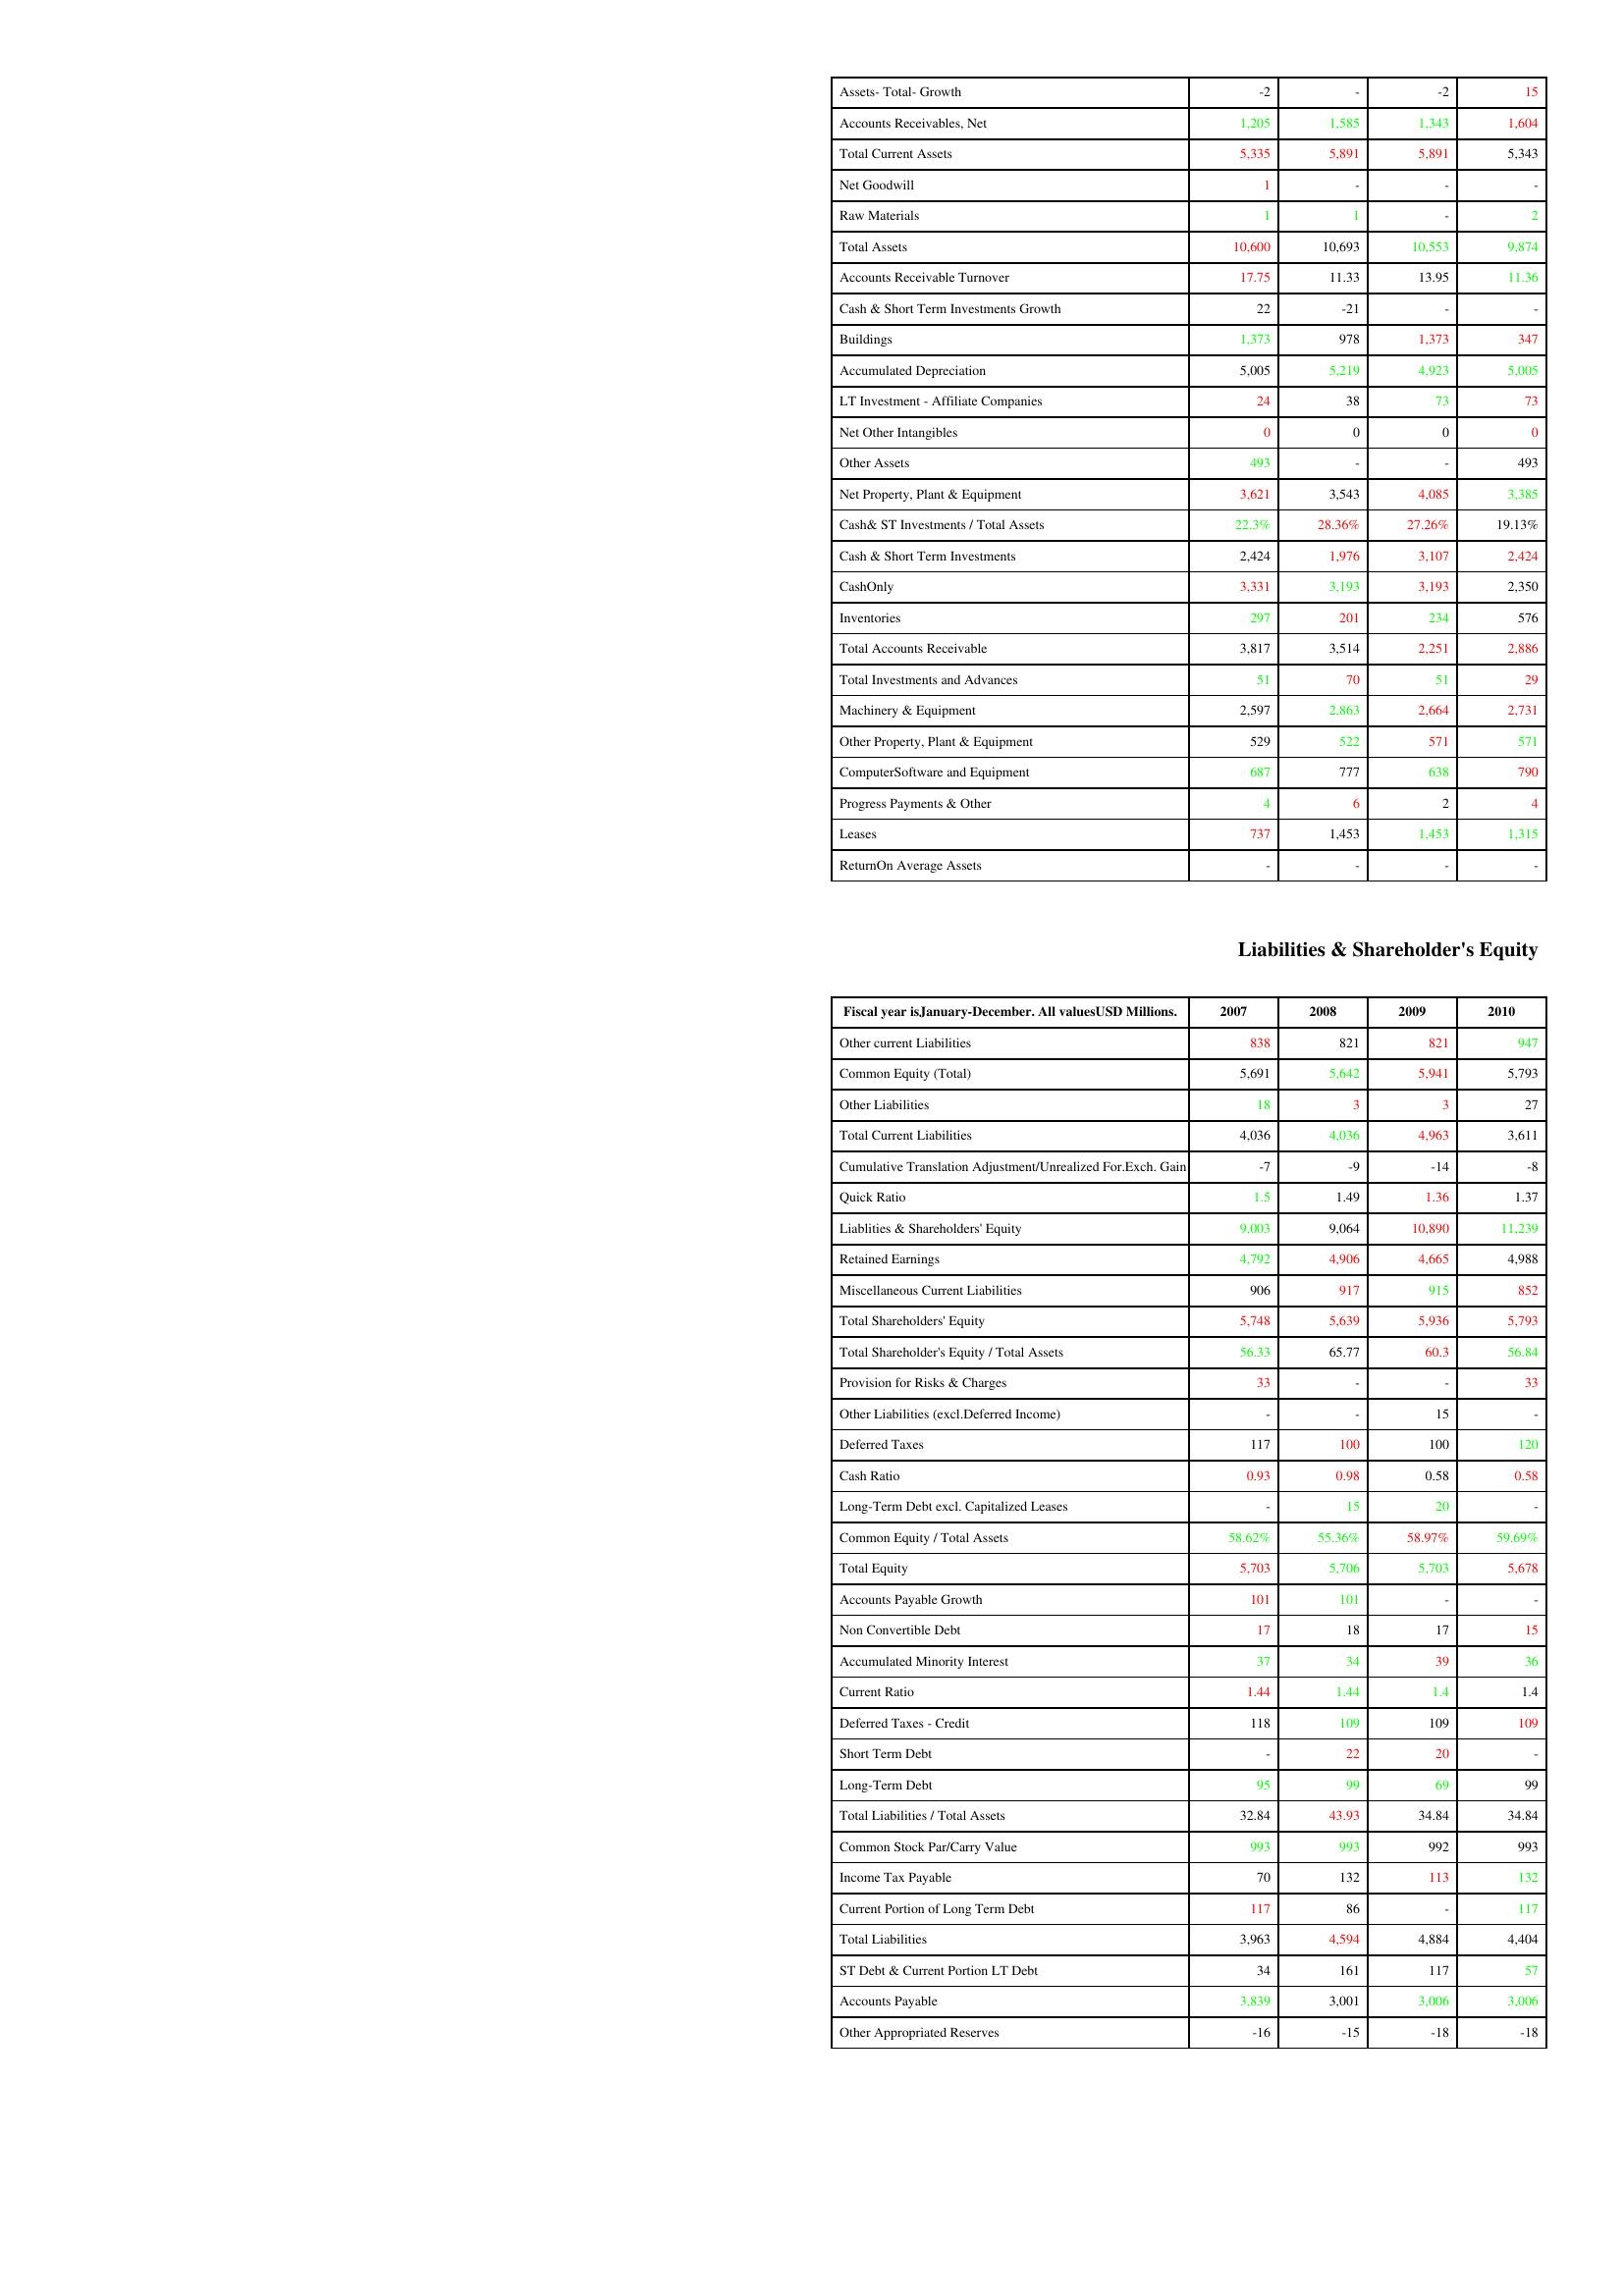
gt_parse: 2007: Assets: Assets- Total- Growth: -2
Accounts Receivables, Net: 1,205
Total Current Assets: 5,335
Net Goodwill: 1
Raw Materials: 1
Total Assets: 10,600
Accounts Receivable Turnover: 17.75
Cash & Short Term Investments Growth: 22
Buildings: 1,373
Accumulated Depreciation: 5,005
LT Investment - Affiliate Companies: 24
Net Other Intangibles: 0
Other Assets: 493
Net Property, Plant & Equipment: 3,621
Cash& ST Investments / Total Assets: 22.3%
Cash & Short Term Investments: 2,424
CashOnly: 3,331
Inventories: 297
Total Accounts Receivable: 3,817
Total Investments and Advances: 51
Machinery & Equipment: 2,597
Other Property, Plant & Equipment: 529
ComputerSoftware and Equipment: 687
Progress Payments & Other: 4
Leases: 737
ReturnOn Average Assets: -
Liabilities & Shareholder's Equity: Other current Liabilities: 838
Common Equity (Total): 5,691
Other Liabilities: 18
Total Current Liabilities: 4,036
Cumulative Translation Adjustment/Unrealized For.Exch. Gain: -7
Quick Ratio: 1.5
Liablities & Shareholders' Equity: 9,003
Retained Earnings: 4,792
Miscellaneous Current Liabilities: 906
Total Shareholders' Equity: 5,748
Total Shareholder's Equity / Total Assets: 56.33
Provision for Risks & Charges: 33
Other Liabilities (excl.Deferred Income): -
Deferred Taxes: 117
Cash Ratio: 0.93
Long-Term Debt excl. Capitalized Leases: -
Common Equity / Total Assets: 58.62%
Total Equity: 5,703
Accounts Payable Growth: 101
Non Convertible Debt: 17
Accumulated Minority Interest: 37
Current Ratio: 1.44
Deferred Taxes - Credit: 118
Short Term Debt: -
Long-Term Debt: 95
Total Liabilities / Total Assets: 32.84
Common Stock Par/Carry Value: 993
Income Tax Payable: 70
Current Portion of Long Term Debt: 117
Total Liabilities: 3,963
ST Debt & Current Portion LT Debt: 34
Accounts Payable: 3,839
Other Appropriated Reserves: -16
2008: Assets: Assets- Total- Growth: -
Accounts Receivables, Net: 1,585
Total Current Assets: 5,891
Net Goodwill: -
Raw Materials: 1
Total Assets: 10,693
Accounts Receivable Turnover: 11.33
Cash & Short Term Investments Growth: -21
Buildings: 978
Accumulated Depreciation: 5,219
LT Investment - Affiliate Companies: 38
Net Other Intangibles: 0
Other Assets: -
Net Property, Plant & Equipment: 3,543
Cash& ST Investments / Total Assets: 28.36%
Cash & Short Term Investments: 1,976
CashOnly: 3,193
Inventories: 201
Total Accounts Receivable: 3,514
Total Investments and Advances: 70
Machinery & Equipment: 2,863
Other Property, Plant & Equipment: 522
ComputerSoftware and Equipment: 777
Progress Payments & Other: 6
Leases: 1,453
ReturnOn Average Assets: -
Liabilities & Shareholder's Equity: Other current Liabilities: 821
Common Equity (Total): 5,642
Other Liabilities: 3
Total Current Liabilities: 4,036
Cumulative Translation Adjustment/Unrealized For.Exch. Gain: -9
Quick Ratio: 1.49
Liablities & Shareholders' Equity: 9,064
Retained Earnings: 4,906
Miscellaneous Current Liabilities: 917
Total Shareholders' Equity: 5,639
Total Shareholder's Equity / Total Assets: 65.77
Provision for Risks & Charges: -
Other Liabilities (excl.Deferred Income): -
Deferred Taxes: 100
Cash Ratio: 0.98
Long-Term Debt excl. Capitalized Leases: 15
Common Equity / Total Assets: 55.36%
Total Equity: 5,706
Accounts Payable Growth: 101
Non Convertible Debt: 18
Accumulated Minority Interest: 34
Current Ratio: 1.44
Deferred Taxes - Credit: 109
Short Term Debt: 22
Long-Term Debt: 99
Total Liabilities / Total Assets: 43.93
Common Stock Par/Carry Value: 993
Income Tax Payable: 132
Current Portion of Long Term Debt: 86
Total Liabilities: 4,594
ST Debt & Current Portion LT Debt: 161
Accounts Payable: 3,001
Other Appropriated Reserves: -15
2009: Assets: Assets- Total- Growth: -2
Accounts Receivables, Net: 1,343
Total Current Assets: 5,891
Net Goodwill: -
Raw Materials: -
Total Assets: 10,553
Accounts Receivable Turnover: 13.95
Cash & Short Term Investments Growth: -
Buildings: 1,373
Accumulated Depreciation: 4,923
LT Investment - Affiliate Companies: 73
Net Other Intangibles: 0
Other Assets: -
Net Property, Plant & Equipment: 4,085
Cash& ST Investments / Total Assets: 27.26%
Cash & Short Term Investments: 3,107
CashOnly: 3,193
Inventories: 234
Total Accounts Receivable: 2,251
Total Investments and Advances: 51
Machinery & Equipment: 2,664
Other Property, Plant & Equipment: 571
ComputerSoftware and Equipment: 638
Progress Payments & Other: 2
Leases: 1,453
ReturnOn Average Assets: -
Liabilities & Shareholder's Equity: Other current Liabilities: 821
Common Equity (Total): 5,941
Other Liabilities: 3
Total Current Liabilities: 4,963
Cumulative Translation Adjustment/Unrealized For.Exch. Gain: -14
Quick Ratio: 1.36
Liablities & Shareholders' Equity: 10,890
Retained Earnings: 4,665
Miscellaneous Current Liabilities: 915
Total Shareholders' Equity: 5,936
Total Shareholder's Equity / Total Assets: 60.3
Provision for Risks & Charges: -
Other Liabilities (excl.Deferred Income): 15
Deferred Taxes: 100
Cash Ratio: 0.58
Long-Term Debt excl. Capitalized Leases: 20
Common Equity / Total Assets: 58.97%
Total Equity: 5,703
Accounts Payable Growth: -
Non Convertible Debt: 17
Accumulated Minority Interest: 39
Current Ratio: 1.4
Deferred Taxes - Credit: 109
Short Term Debt: 20
Long-Term Debt: 69
Total Liabilities / Total Assets: 34.84
Common Stock Par/Carry Value: 992
Income Tax Payable: 113
Current Portion of Long Term Debt: -
Total Liabilities: 4,884
ST Debt & Current Portion LT Debt: 117
Accounts Payable: 3,006
Other Appropriated Reserves: -18
2010: Assets: Assets- Total- Growth: 15
Accounts Receivables, Net: 1,604
Total Current Assets: 5,343
Net Goodwill: -
Raw Materials: 2
Total Assets: 9,874
Accounts Receivable Turnover: 11.36
Cash & Short Term Investments Growth: -
Buildings: 347
Accumulated Depreciation: 5,005
LT Investment - Affiliate Companies: 73
Net Other Intangibles: 0
Other Assets: 493
Net Property, Plant & Equipment: 3,385
Cash& ST Investments / Total Assets: 19.13%
Cash & Short Term Investments: 2,424
CashOnly: 2,350
Inventories: 576
Total Accounts Receivable: 2,886
Total Investments and Advances: 29
Machinery & Equipment: 2,731
Other Property, Plant & Equipment: 571
ComputerSoftware and Equipment: 790
Progress Payments & Other: 4
Leases: 1,315
ReturnOn Average Assets: -
Liabilities & Shareholder's Equity: Other current Liabilities: 947
Common Equity (Total): 5,793
Other Liabilities: 27
Total Current Liabilities: 3,611
Cumulative Translation Adjustment/Unrealized For.Exch. Gain: -8
Quick Ratio: 1.37
Liablities & Shareholders' Equity: 11,239
Retained Earnings: 4,988
Miscellaneous Current Liabilities: 852
Total Shareholders' Equity: 5,793
Total Shareholder's Equity / Total Assets: 56.84
Provision for Risks & Charges: 33
Other Liabilities (excl.Deferred Income): -
Deferred Taxes: 120
Cash Ratio: 0.58
Long-Term Debt excl. Capitalized Leases: -
Common Equity / Total Assets: 59.69%
Total Equity: 5,678
Accounts Payable Growth: -
Non Convertible Debt: 15
Accumulated Minority Interest: 36
Current Ratio: 1.4
Deferred Taxes - Credit: 109
Short Term Debt: -
Long-Term Debt: 99
Total Liabilities / Total Assets: 34.84
Common Stock Par/Carry Value: 993
Income Tax Payable: 132
Current Portion of Long Term Debt: 117
Total Liabilities: 4,404
ST Debt & Current Portion LT Debt: 57
Accounts Payable: 3,006
Other Appropriated Reserves: -18